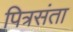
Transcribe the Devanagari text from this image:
पित्रसंता